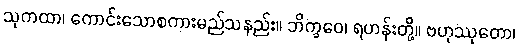
သုကထာ၊ ကောင်းသောစကားမည်သနည်း။ ဘိက္ခဝေ၊ ရဟန်းတို့။ ဗဟုဿုတော၊